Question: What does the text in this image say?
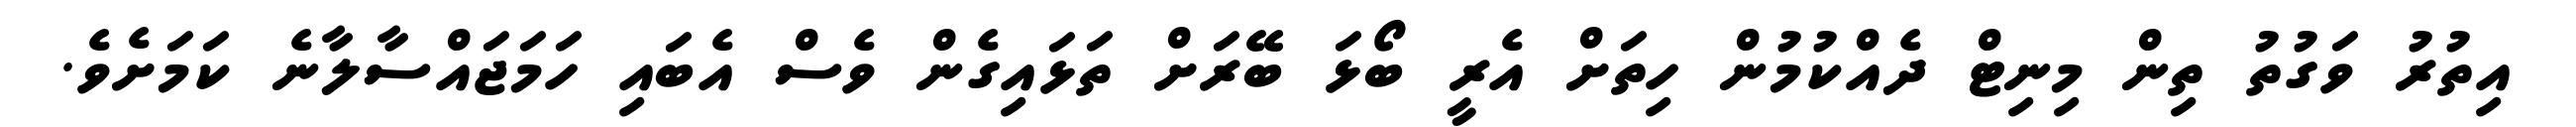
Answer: އިތުރު ވަގުތު ތިން މިނިޓް ދެއްކުމުން ހިތަށް އެރީ ބޯޅަ ބޭރަށް ތަޅައިގެން ވެސް އެބައި ހަމަޖައްސާލާނެ ކަމަށެވެ.